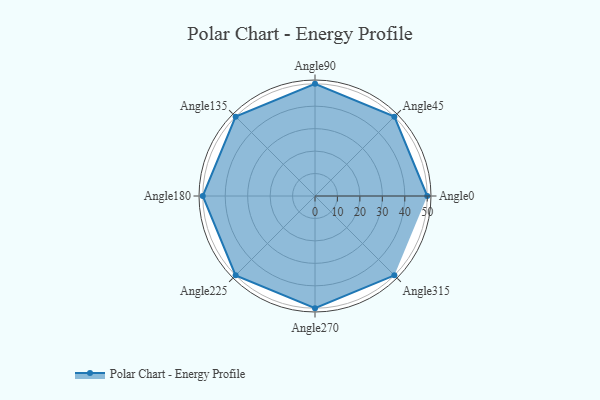
{"axis": {"x": "Angle", "y": "Radius"}, "legend": [""], "data": [{"x": "Angle0", "y": 50, "type": ""}, {"x": "Angle45", "y": 50, "type": ""}, {"x": "Angle90", "y": 50, "type": ""}, {"x": "Angle135", "y": 50, "type": ""}, {"x": "Angle180", "y": 50, "type": ""}, {"x": "Angle225", "y": 50, "type": ""}, {"x": "Angle270", "y": 50, "type": ""}, {"x": "Angle315", "y": 50, "type": ""}]}